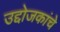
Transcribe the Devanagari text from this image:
उद्दोजकांचे